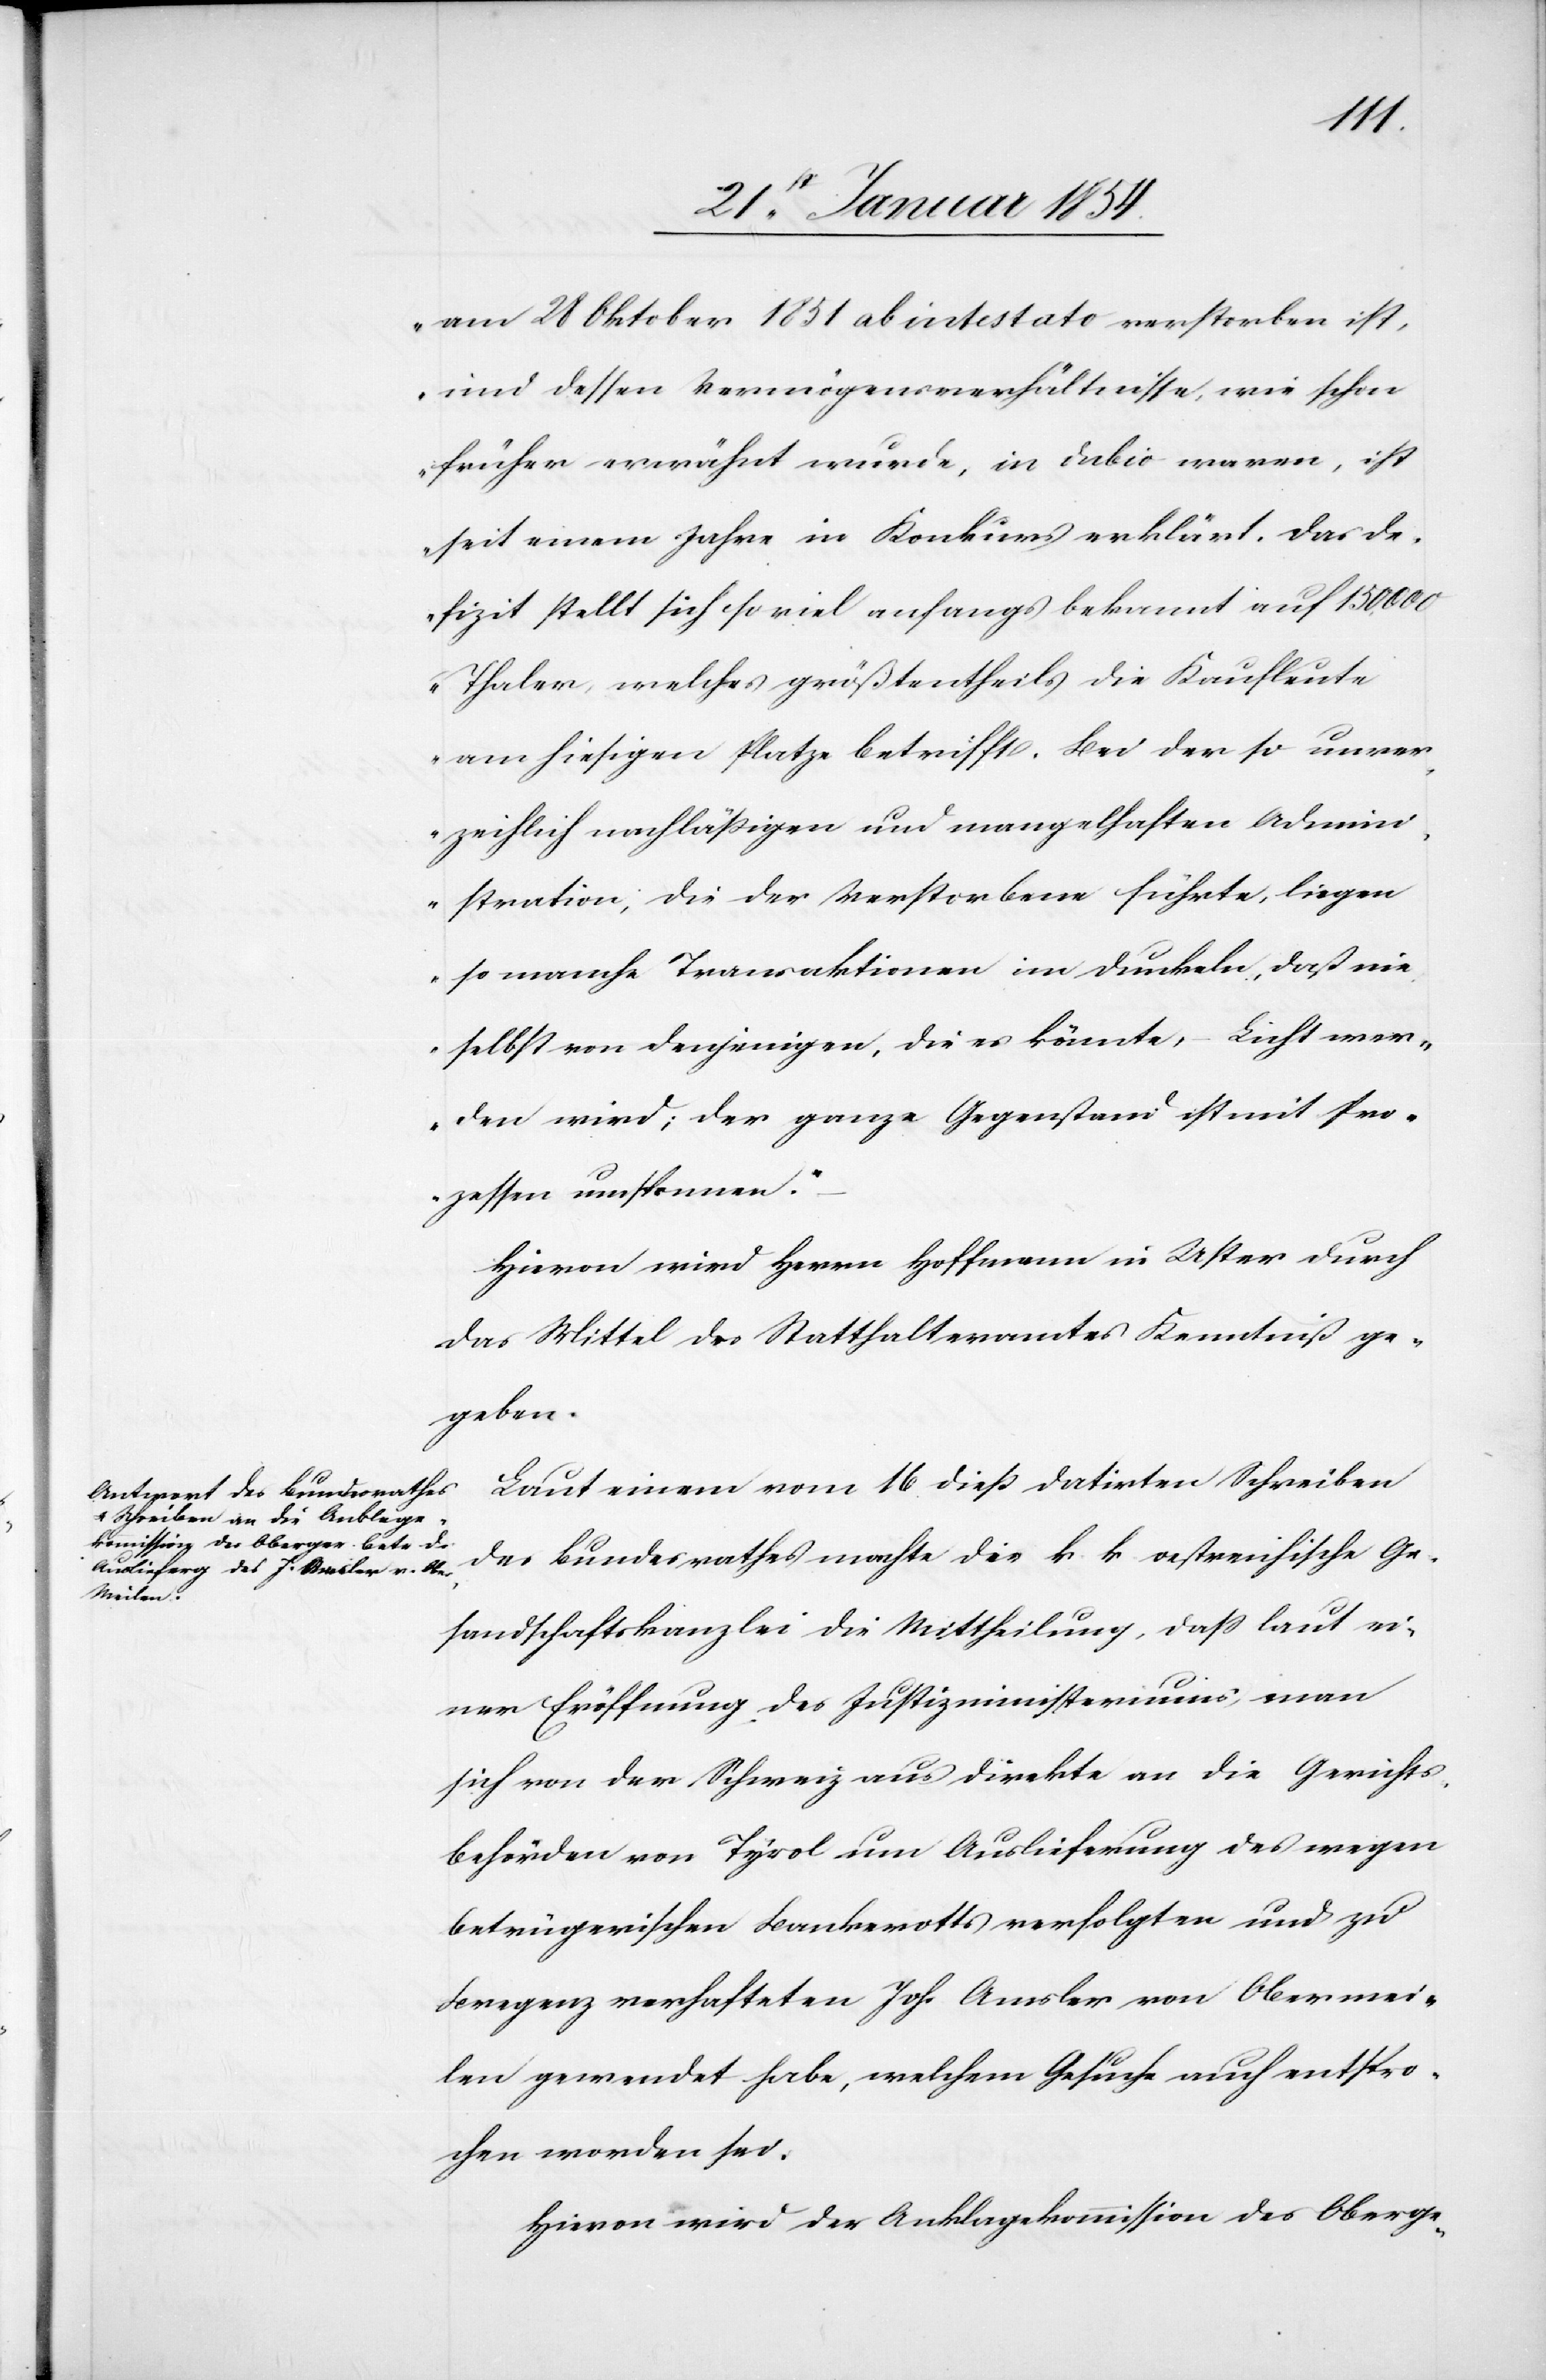
am 28 Oktober 1851 ab intestato verstorben ist,
und dessen Vermögensverhältnisse, wie schon
früher erwähnt wurde, in debio waren, ist
seit einem Jahre in Konkurs erklärt. Das De¬
fizit stellt sich so viel anfangs bekannt auf 150 000
Thaler, welches größtentheils die Kaufleute
am hiesigen Platze betrifft. Bei der so unver¬
zeihlich nachläßigen und mangelhaften Admini¬
stration; die der Verstorbene führte, liegen
so manche Transaktionen im Dunkeln, daß nie
selbst von denjenigen, die es könnten, – Licht wer¬
den wird; der ganze Gegenstand ist mit Pro¬
zessen umsponnen.“
Hievon wird Herrn Hoffmann in Uster durch
das Mittel des Statthalteramtes Kenntniß ge¬
geben.
Laut einem vom 16 dieß datirten Schreiben
des Bundesrathes machte die k. k. oestreichische Ge¬
sandtschaftskanzlei die Mittheilung, daß laut ei¬
ner Eröffnung des Justizministeriums, man
sich von der Schweiz aus direkte an die Gerichts¬
behörden von Tyrol um Auslieferung des wegen
betrügerischen Bankerotts verfolgten und zu
Bregenz verhafteten Joh. Amsler von Obermei¬
len gewendet habe, welchem Gesuche auch entspro¬
chen worden sei.
Hievon wird der Anklagekommission des Oberge-